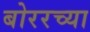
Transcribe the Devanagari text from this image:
बोररच्या